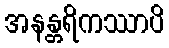
အနန္တရိကဿာပိ